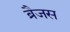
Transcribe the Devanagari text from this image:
ब्रैजस